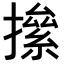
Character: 𢴱